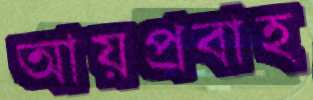
আয়প্রবাহ